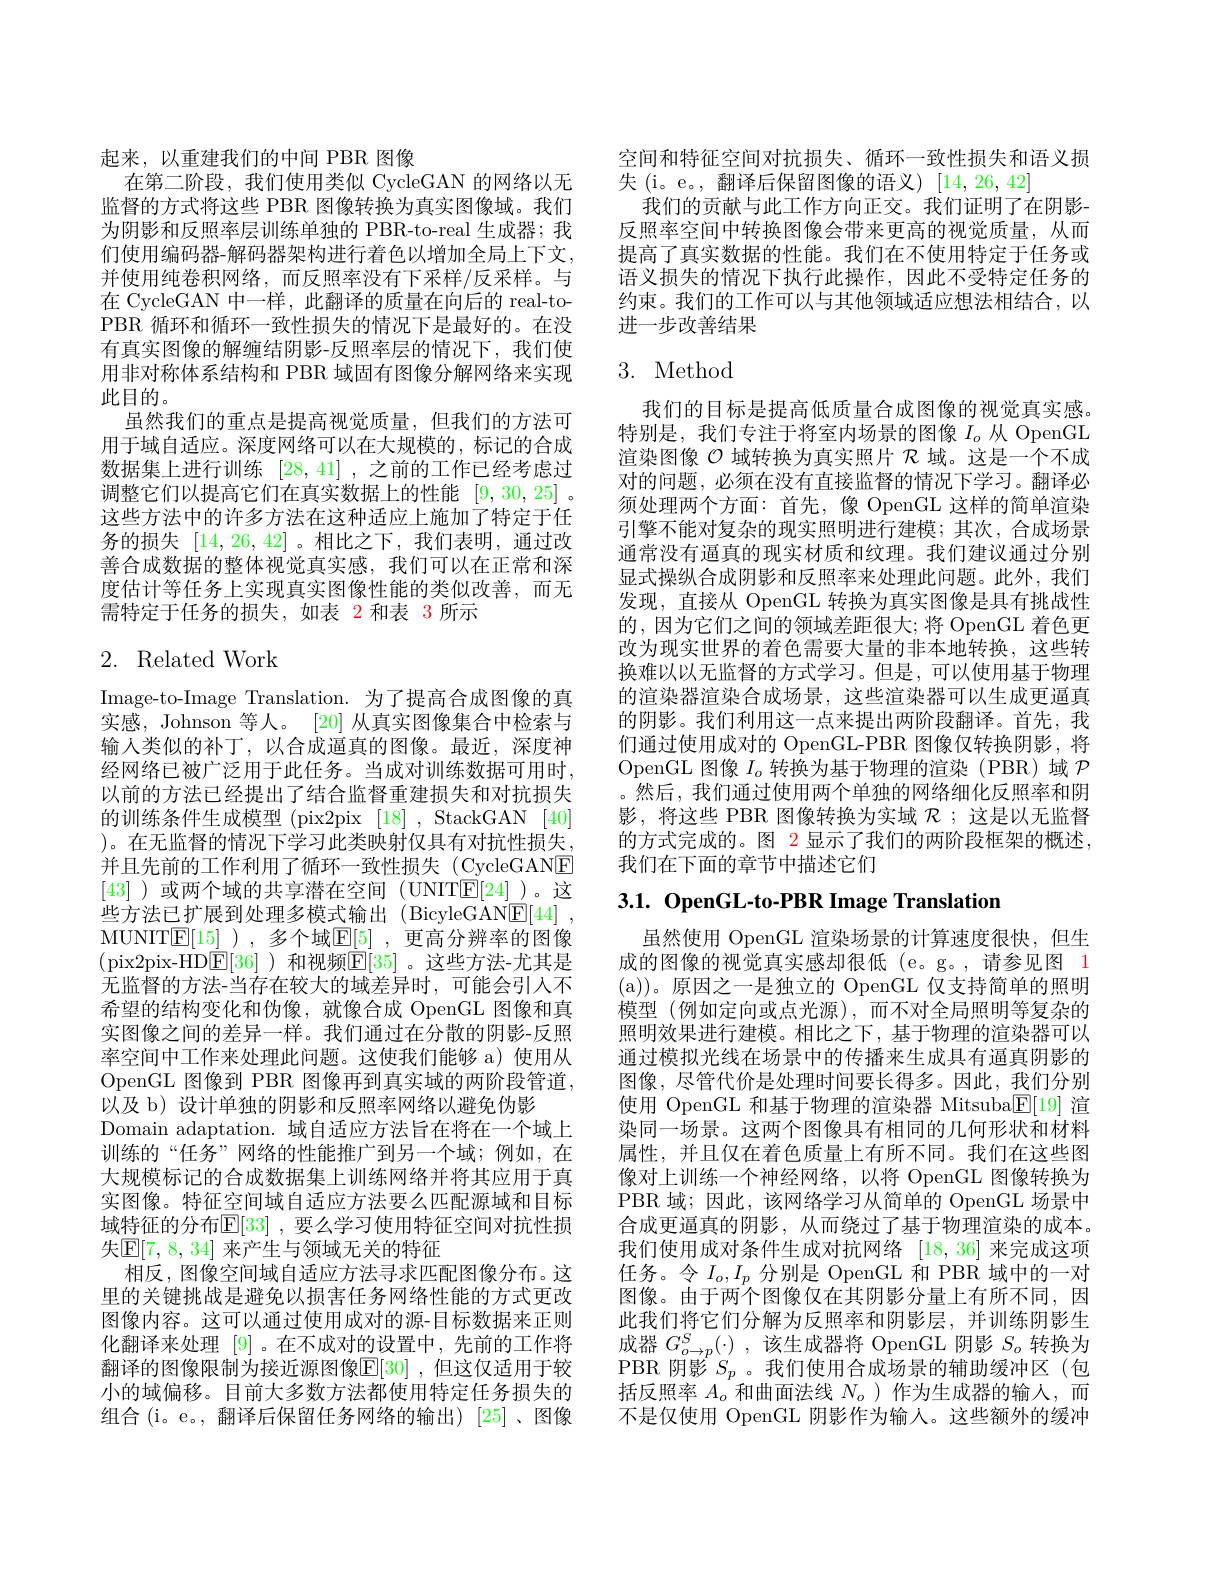
起来，以重建我们的中间 PBR 图像
在第二阶段，我们使用类似 CycleGAN 的网络以无监督的方式将这些 PBR 图像转换为真实图像域。我们为阴影和反照率层训练单独的 PBR-to-real 生成器；我们使用编码器-解码器架构进行着色以增加全局上下文， 并使用纯卷积网络，而反照率没有下采样/反采样。与在 CycleGAN 中一样，此翻译的质量在向后的 real-toPBR 循环和循环一致性损失的情况下是最好的。在没有真实图像的解缠结阴影-反照率层的情况下，我们使用非对称体系结构和 PBR 域固有图像分解网络来实现此目的。
虽然我们的重点是提高视觉质量，但我们的方法可用于域自适应。深度网络可以在大规模的，标记的合成数据集上进行训练[28,41] ,之前的工作已经考虑过调整它们以提高它们在真实数据上的性能[9,30,25] 。这些方法中的许多方法在这种适应上施加了特定于任务的损失[14,26,42] 。相比之下，我们表明，通过改善合成数据的整体视觉真实感，我们可以在正常和深度估计等任务上实现真实图像性能的类似改善，而无需特定于任务的损失，如表 2 和表 3 所示

# 2. Related Work

Image-to-Image Translation. 为了提高合成图像的真实感，Johnson 等人。[20] 从真实图像集合中检索与输入类似的补丁，以合成逼真的图像。最近，深度神经网络已被广泛用于此任务。当成对训练数据可用时， 以前的方法已经提出了结合监督重建损失和对抗损失的训练条件生成模型 (pix2pix [18] , StackGAN [40] )。在无监督的情况下学习此类映射仅具有对抗性损失， 并且先前的工作利用了循环一致性损失(CycleGANE) [43] )或两个域的共享潜在空间 (UNITE[24] )。这些方法已扩展到处理多模式输出(BicyleGANE[44], MUNIT$\underline{\mathrm{E}}[15]$ ),多个域$\underline{\mathrm{E}}[5]$ ,更高分辨率的图像(pix2pix-HD$\boxed{\mathrm{E}}[36]$ )和视频$\boxed{\mathrm{E}}[35]$ 。这些方法-尤其是无监督的方法-当存在较大的域差异时，可能会引入不希望的结构变化和伪像，就像合成 OpenGL 图像和真实图像之间的差异一样。我们通过在分散的阴影-反照率空间中工作来处理此问题。这使我们能够 a)使用从OpenGL 图像到 PBR 图像再到真实域的两阶段管道， 以及 b) 设计单独的阴影和反照率网络以避免伪影
Domain adaptation.域自适应方法旨在将在一个域上训练的“任务”网络的性能推广到另一个域；例如，在大规模标记的合成数据集上训练网络并将其应用于真实图像。特征空间域自适应方法要么匹配源域和目标域特征的分布$\mathbb{E}[33]$ ,要么学习使用特征空间对抗性损失$\mathbb{E}[7,8,34]$ 来产生与领域无关的特征
相反，图像空间域自适应方法寻求匹配图像分布。这里的关键挑战是避免以损害任务网络性能的方式更改图像内容。这可以通过使用成对的源-目标数据来正则化翻译来处理[9] 。在不成对的设置中，先前的工作将翻译的图像限制为接近源图像$\mathbb{E}[30]$ ,但这仅适用于较小的域偏移。目前大多数方法都使用特定任务损失的组合(i。e。,翻译后保留任务网络的输出)[25]、图像

空间和特征空间对抗损失、循环一致性损失和语义损
失(i。e。,翻译后保留图像的语义)[14,26,42]
我们的贡献与此工作方向正交。我们证明了在阴影反照率空间中转换图像会带来更高的视觉质量，从而提高了真实数据的性能。我们在不使用特定于任务或语义损失的情况下执行此操作，因此不受特定任务的约束。我们的工作可以与其他领域适应想法相结合，以进一步改善结果

# 3. Method

我们的目标是提高低质量合成图像的视觉真实感。特别是，我们专注于将室内场景的图像$I_o$从 OpenGL 渲染图像$\mathcal{O}$域转换为真实照片$\mathcal{R}$域。这是一个不成对的问题，必须在没有直接监督的情况下学习。翻译必须处理两个方面：首先，像 OpenGL 这样的简单渲染引擎不能对复杂的现实照明进行建模；其次，合成场景通常没有逼真的现实材质和纹理。我们建议通过分别显式操纵合成阴影和反照率来处理此问题。此外，我们发现，直接从 OpenGL 转换为真实图像是具有挑战性的，因为它们之间的领域差距很大；将 OpenGL 着色更改为现实世界的着色需要大量的非本地转换，这些转换难以以无监督的方式学习。但是，可以使用基于物理的渲染器渲染合成场景，这些渲染器可以生成更逼真的阴影。我们利用这一点来提出两阶段翻译。首先，我们通过使用成对的 OpenGL-PBR 图像仅转换阴影 ,将OpenGL 图像$I_o$转换为基于物理的渲染(PBR)域$\mathcal{P}$ 。然后，我们通过使用两个单独的网络细化反照率和阴影，将这些 PBR 图像转换为实域$\mathcal{R}$;这是以无监督的方式完成的。图 2 显示了我们的两阶段框架的概述， 我们在下面的章节中描述它们

3.1. OpenGL-to-PBR Image Translation

虽然使用 OpenGL 渲染场景的计算速度很快，但生成的图像的视觉真实感却很低 (e。g。,请参见图 1 ( a) ) 。原因之一是独立的 OpenGL 仅支持简单的照明模型 (例如定向或点光源),而不对全局照明等复杂的照明效果进行建模。相比之下，基于物理的渲染器可以通过模拟光线在场景中的传播来生成具有逼真阴影的图像，尽管代价是处理时间要长得多。因此，我们分别使用 OpenGL 和基于物理的渲染器 Mitsuba$\underline{\mathrm{E}}[19]$渲染同一场景。这两个图像具有相同的几何形状和材料属性，并且仅在着色质量上有所不同。我们在这些图像对上训练一个神经网络，以将 OpenGL 图像转换为PBR 域；因此，该网络学习从简单的 OpenGL 场景中合成更逼真的阴影，从而绕过了基于物理渲染的成本。我们使用成对条件生成对抗网络[18,36]来完成这项任务。令$I_o,I_p$分别是 OpenGL 和 PBR 域中的一对图像。由于两个图像仅在其阴影分量上有所不同，因此我们将它们分解为反照率和阴影层，并训练阴影生成器$G_o\to p^S(\cdot)$ ,该生成器将 OpenGL 阴影$S_o$转换为PBR 阴影$S_p$ 。我们使用合成场景的辅助缓冲区(包括反照率$A_o$和曲面法线$N_o$ )作为生成器的输人，而不是仅使用 OpenGL 阴影作为输人。这些额外的缓冲